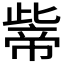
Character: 𱜶